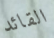
القائد